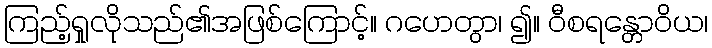
ကြည့်ရှုလိုသည်၏အဖြစ်ကြောင့်။ ဂဟေတွာ၊ ၍။ ဝီစရန္တောဝိယ၊